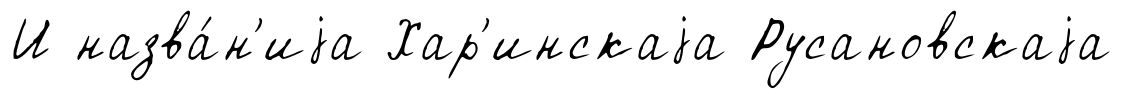
И назва́н'иjа Хар'инскаjа Русановскаjа